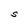
Character: S